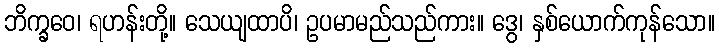
ဘိက္ခဝေ၊ ရဟန်းတို့။ သေယျထာပိ၊ ဥပမာမည်သည်ကား။ ဒွေ၊ နှစ်ယောက်ကုန်သော။